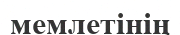
мемлетінің